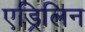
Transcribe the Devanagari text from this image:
एड्रिलिन